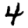
Digit: 4